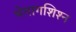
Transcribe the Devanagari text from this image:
भेगागशिश्न